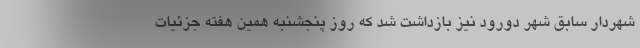
شهردار سابق شهر دورود نیز بازداشت شد که روز پنجشنبه همین هفته جزئیات